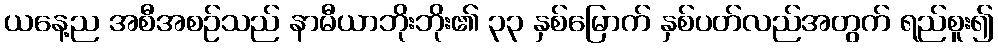
ယနေ့ည အစီအစဉ်သည် နာမီယာဘိုးဘိုး၏ ၃၃ နှစ်မြောက် နှစ်ပတ်လည်အတွက် ရည်စူး၍